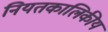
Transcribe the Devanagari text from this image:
नियतकालिकीय